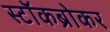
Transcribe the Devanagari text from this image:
स्टॉकब्रोकर